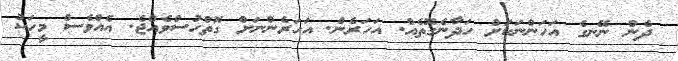
ދެން ނޭނގެ އަހަންނަކަށް ހަދާނެގޮތެއް. އަހަރެން. އަހަރެންނަށް ގޮތްހުސްވެއްޖެ. އެއްވެސް މީހަކު